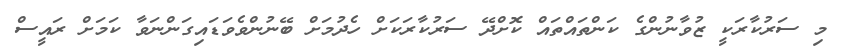
މި ސަރުކާރަކީ ޒުވާނުންގެ ކަންތައްތައް ކޮށްދޭ ސަރުކާރަކަށް ހެދުމަށް ބޭނުންވެވަޑައިގަންނަވާ ކަމަށް ރައީސް